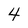
Character: 4